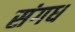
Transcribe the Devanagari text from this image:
संगध